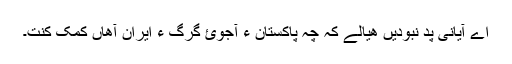
اے آیانی پَد نبودیں ھیالے کہ چہ پاکستان ءَ آجوئ گرگ ءَ ایران آھاں کمک کنت۔